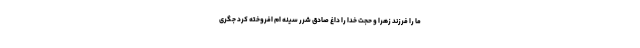
ما را فرزند زهرا و حجت خدا را داغ صادق شرر سینه ام افروخته کرد جگری